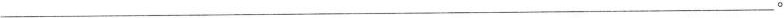
___。